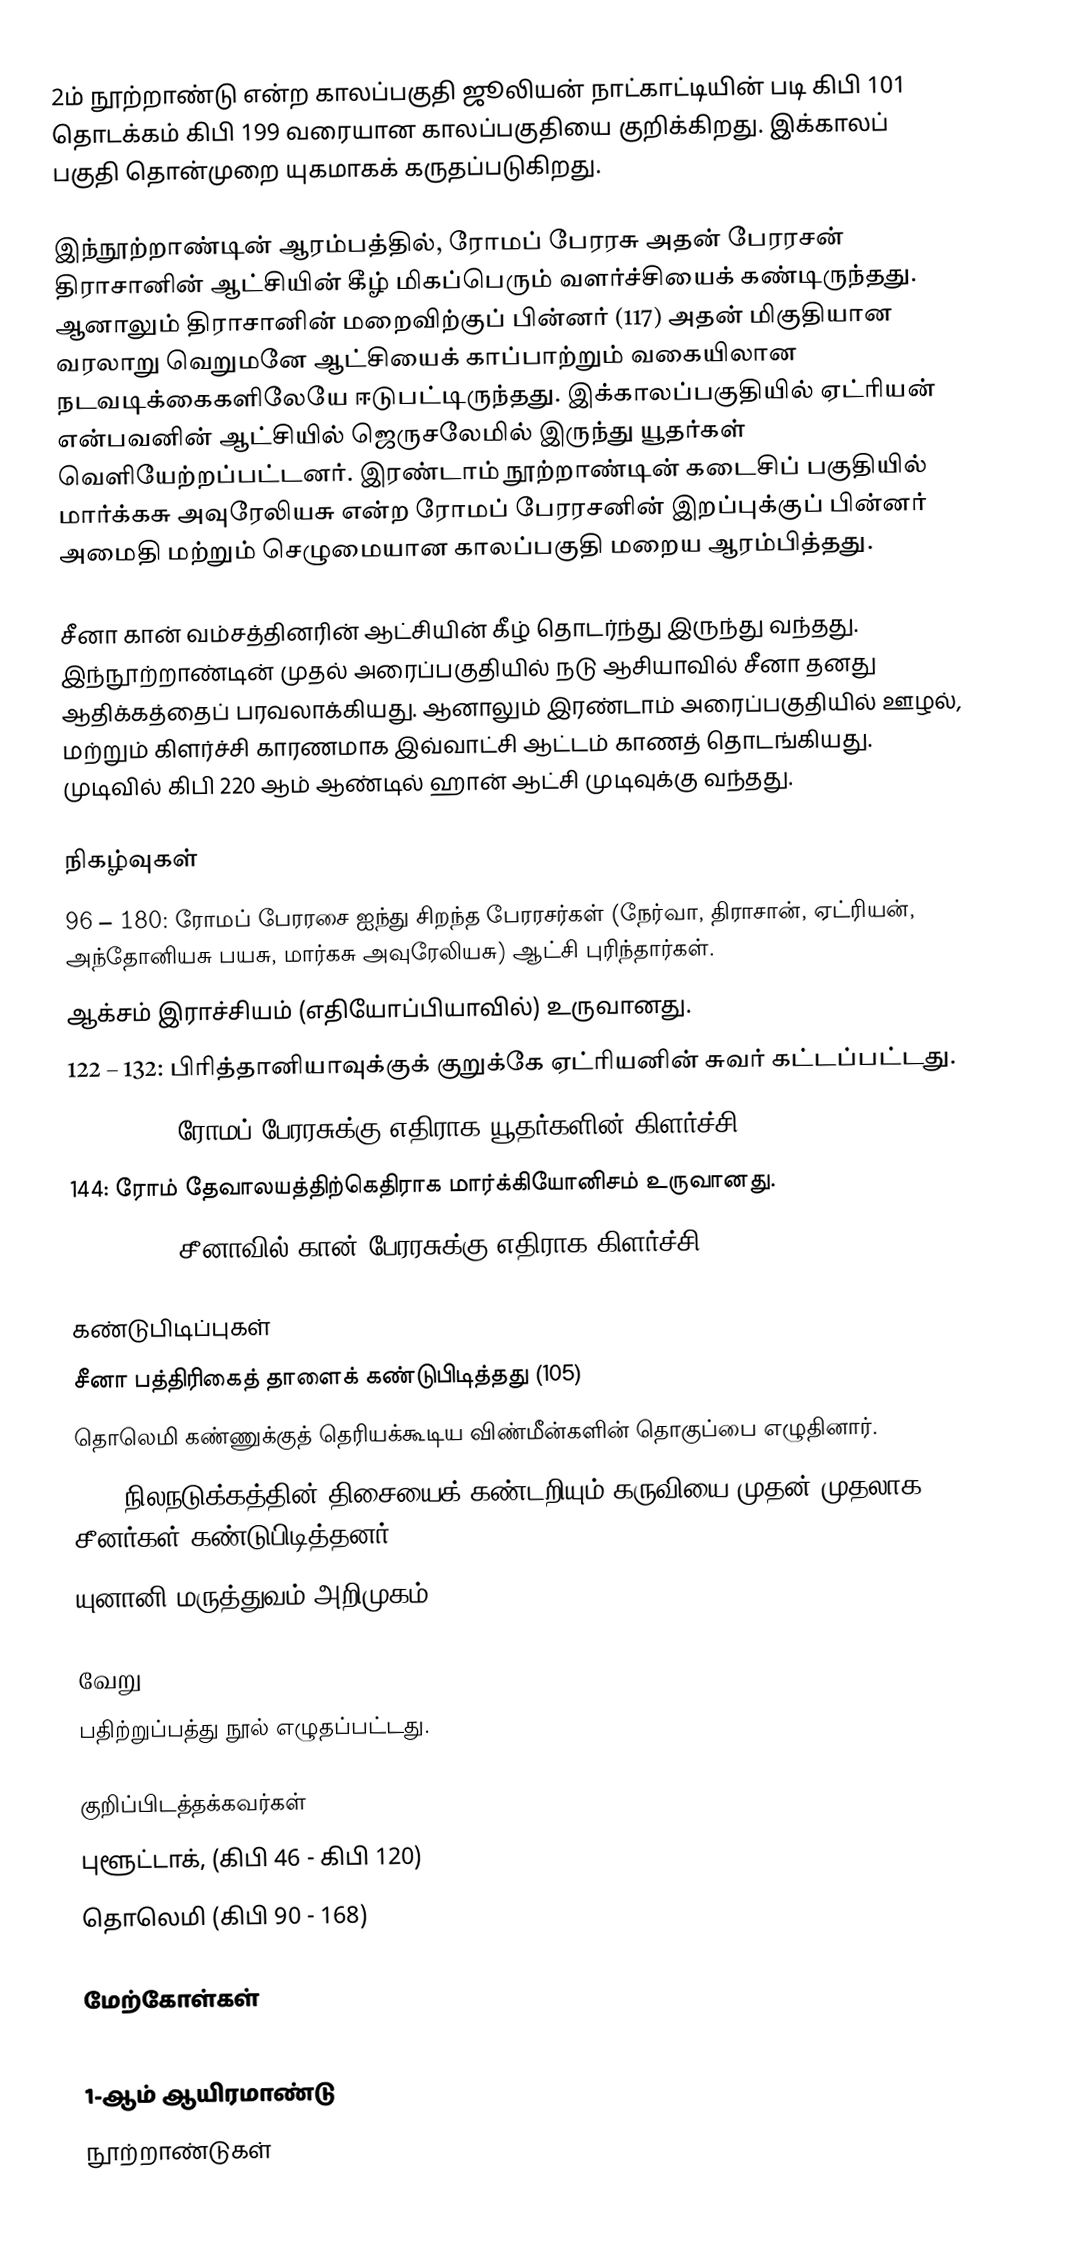
2ம் நூற்றாண்டு என்ற காலப்பகுதி ஜூலியன் நாட்காட்டியின் படி கிபி 101 தொடக்கம் கிபி 199 வரையான காலப்பகுதியை குறிக்கிறது. இக்காலப் பகுதி தொன்முறை யுகமாகக் கருதப்படுகிறது.

இந்நூற்றாண்டின் ஆரம்பத்தில், ரோமப் பேரரசு அதன் பேரரசன் திராசானின் ஆட்சியின் கீழ் மிகப்பெரும் வளர்ச்சியைக் கண்டிருந்தது. ஆனாலும் திராசானின் மறைவிற்குப் பின்னர் (117) அதன் மிகுதியான வரலாறு வெறுமனே ஆட்சியைக் காப்பாற்றும் வகையிலான நடவடிக்கைகளிலேயே ஈடுபட்டிருந்தது. இக்காலப்பகுதியில் ஏட்ரியன் என்பவனின் ஆட்சியில் ஜெருசலேமில் இருந்து யூதர்கள் வெளியேற்றப்பட்டனர். இரண்டாம் நூற்றாண்டின் கடைசிப் பகுதியில் மார்க்கசு அவுரேலியசு என்ற ரோமப் பேரரசனின் இறப்புக்குப் பின்னர் அமைதி மற்றும் செழுமையான காலப்பகுதி மறைய ஆரம்பித்தது.

சீனா கான் வம்சத்தினரின் ஆட்சியின் கீழ் தொடர்ந்து இருந்து வந்தது. இந்நூற்றாண்டின் முதல் அரைப்பகுதியில் நடு ஆசியாவில் சீனா தனது ஆதிக்கத்தைப் பரவலாக்கியது. ஆனாலும் இரண்டாம் அரைப்பகுதியில் ஊழல், மற்றும் கிளர்ச்சி காரணமாக இவ்வாட்சி ஆட்டம் காணத் தொடங்கியது. முடிவில் கிபி 220 ஆம் ஆண்டில் ஹான் ஆட்சி முடிவுக்கு வந்தது.

நிகழ்வுகள்
 96 – 180: ரோமப் பேரரசை ஐந்து சிறந்த பேரரசர்கள் (நேர்வா, திராசான், ஏட்ரியன், அந்தோனியசு பயசு, மார்கசு அவுரேலியசு) ஆட்சி புரிந்தார்கள்.
 ஆக்சம் இராச்சியம் (எதியோப்பியாவில்) உருவானது.
 122 – 132: பிரித்தானியாவுக்குக் குறுக்கே ஏட்ரியனின் சுவர் கட்டப்பட்டது.
 132 – 135: ரோமப் பேரரசுக்கு எதிராக யூதர்களின் கிளர்ச்சி
 144: ரோம் தேவாலயத்திற்கெதிராக மார்க்கியோனிசம் உருவானது.
 184 – 205: சீனாவில் கான் பேரரசுக்கு எதிராக கிளர்ச்சி

கண்டுபிடிப்புகள்
 சீனா பத்திரிகைத் தாளைக் கண்டுபிடித்தது (105)
 தொலெமி கண்ணுக்குத் தெரியக்கூடிய விண்மீன்களின் தொகுப்பை எழுதினார்.
 132: நிலநடுக்கத்தின் திசையைக் கண்டறியும் கருவியை முதன் முதலாக சீனர்கள் கண்டுபிடித்தனர்.
 யுனானி மருத்துவம் அறிமுகம்

வேறு
 பதிற்றுப்பத்து நூல் எழுதப்பட்டது.

குறிப்பிடத்தக்கவர்கள்
 புளூட்டாக், (கிபி 46 - கிபி 120)
 தொலெமி (கிபி 90 - 168)

மேற்கோள்கள்

1-ஆம் ஆயிரமாண்டு
நூற்றாண்டுகள்